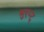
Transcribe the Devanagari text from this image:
भुरन्ट्